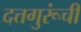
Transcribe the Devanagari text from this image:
दत्तगुरूंची